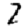
Digit: 2